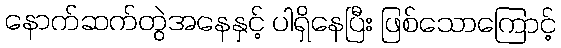
နောက်ဆက်တွဲအနေနှင့် ပါရှိနေပြီး ဖြစ်သောကြောင့်